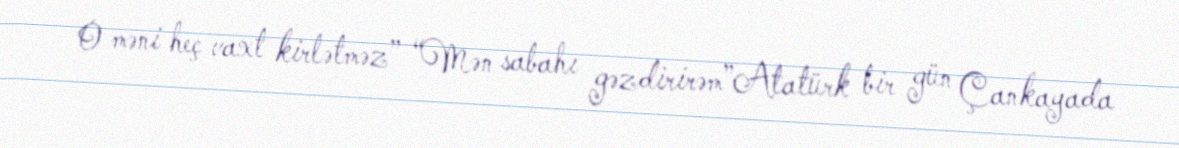
O məni heç vaxt kirlətməz” “Mən sabahı gəzdirirəm”Atatürk bir gün Çankayada